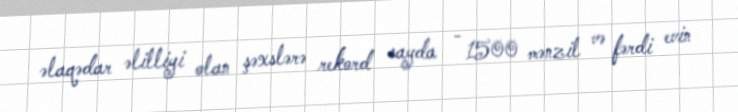
əlaqədar əlilliyi olan şəxslərə rekord sayda - 1500 mənzil və fərdi evin